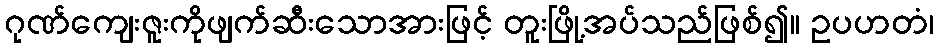
ဂုဏ်ကျေးဇူးကိုဖျက်ဆီးသောအားဖြင့် တူးဖြို့အပ်သည်ဖြစ်၍။ ဥပဟတံ၊